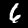
Label: 6